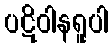
ပဋိဝါနရူပါ